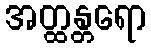
အတ္ထန္တရော